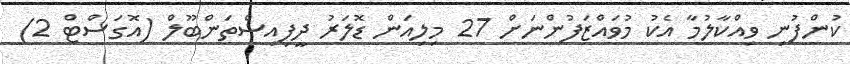
ކުންފުނި ވިއްކާލުމާ އެކު މުވައްޒަފުންނަށް 27 މިލިއަން ޑޮލަރު ދީފިއިސްތަންބޫލް (އޮގަސްޓް 2)